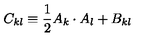
C _ { k l } \equiv { \frac { 1 } { 2 } } A _ { k } \cdot A _ { l } + B _ { k l }